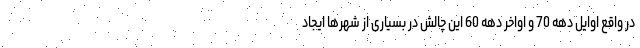
در واقع اوایل دهه 70 و اواخر دهه 60 این چالش در بسیاری از شهرها ایجاد